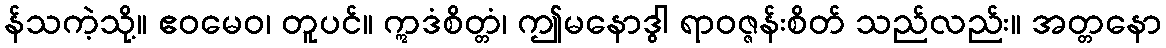
န်သကဲ့သို့။ ဧဝမေဝ၊ တူပင်။ ဣဒံစိတ္တံ၊ ဤမနောဒွါ ရာဝဇ္ဇန်းစိတ် သည်လည်း။ အတ္တနော